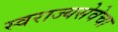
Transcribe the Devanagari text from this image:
स्वराज्यसेवेचा